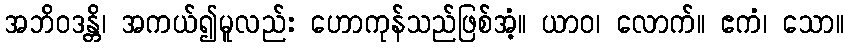
အဘိဝဒန္တိ၊ အကယ်၍မူလည်း ဟောကုန်သည်ဖြစ်အံ့။ ယာဝ၊ လောက်။ ဧကံ၊ သော။